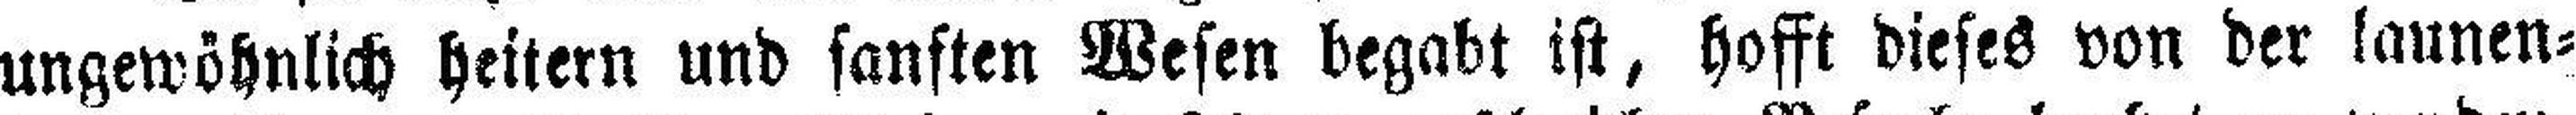
ungewöhnlich heitern und sanften Wesen begabt ist, hofft dieses von der launen¬